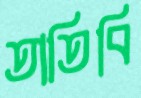
তাতিবি